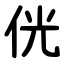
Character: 侊